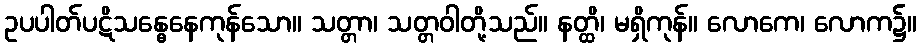
ဥပပါတ်ပဋိသန္ဓေနေကုန်သော။ သတ္တာ၊ သတ္တဝါတို့သည်။ နတ္ထိ၊ မရှိကုန်။ လောကေ၊ လောက၌။